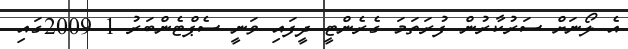
އެ ލޯނަށް ސަރުކާރުން ފުރަތަމަ ގެރެންޓީ ދީފައި ވަނީ ސެޕްޓެންބަރު 1 2009ގައި